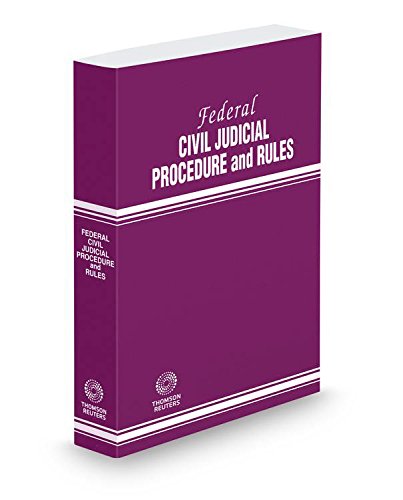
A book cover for Federal Civil Judicial Procedure and Rules, 2015 ed.; Thomson West; Law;